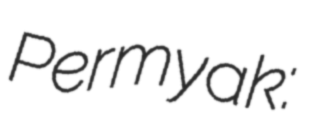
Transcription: Permyak: